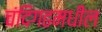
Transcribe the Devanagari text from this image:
चंदिगढमधील